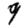
Digit: 9